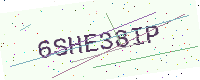
Text: 6SHE38IP